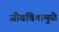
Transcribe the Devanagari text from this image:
जीवविषामुळे